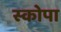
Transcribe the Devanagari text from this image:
स्कोपा